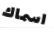
اسماك